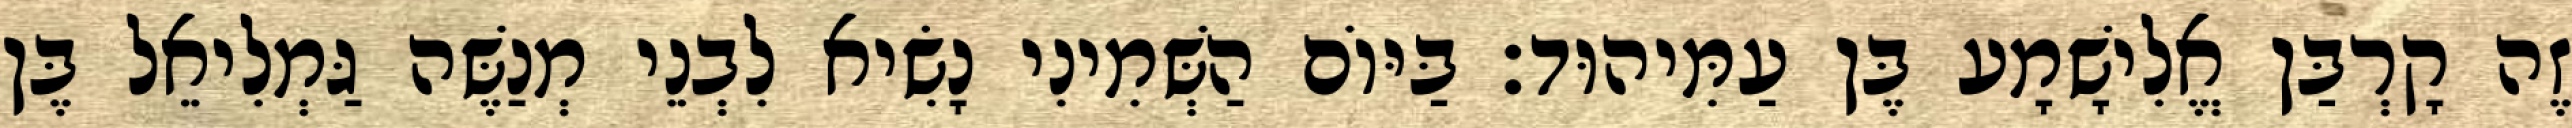
זֶה קָרְבַּן אֱלִישָׁמָע בֶּן עַמִּיהוּד׃ בַּיּוֹם הַשְּׁמִינִי נָשִׂיא לִבְנֵי מְנַשֶּׁה גַּמְלִיאֵל בֶּן